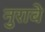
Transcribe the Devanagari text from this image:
नुरावे